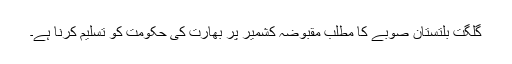
گلگت بلتستان صوبے کا مطلب مقبوضہ کشمیر پر بھارت کی حکومت کو تسلیم کرنا ہے۔